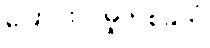
ပြောင်းလဲမှုတစ်ခုကို